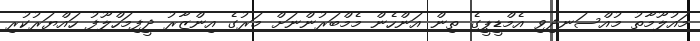
މައުލޫމާތު މުއްސަނދިވި އެމްޑީޕީގެ ތިން އަންހެން މެމްބަރުންނަށް މަރުގެ އިންޒާރު ދީފިމަހްލޫފު ހައްޔަރުކުރި